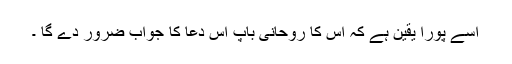
اسے پورا یقین ہے کہ اس کا روحانی باپ اس دعا کا جواب ضرور دے گا ۔